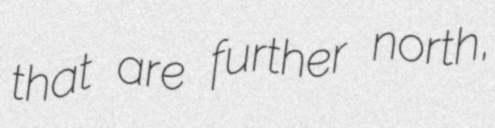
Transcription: that are further north,